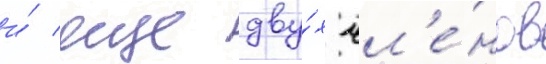
и́ еще дву́х чл'е́нов